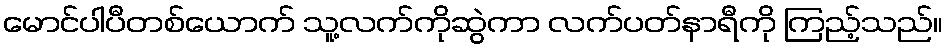
မောင်ပါပီတစ်ယောက် သူ့လက်ကိုဆွဲကာ လက်ပတ်နာရီကို ကြည့်သည်။